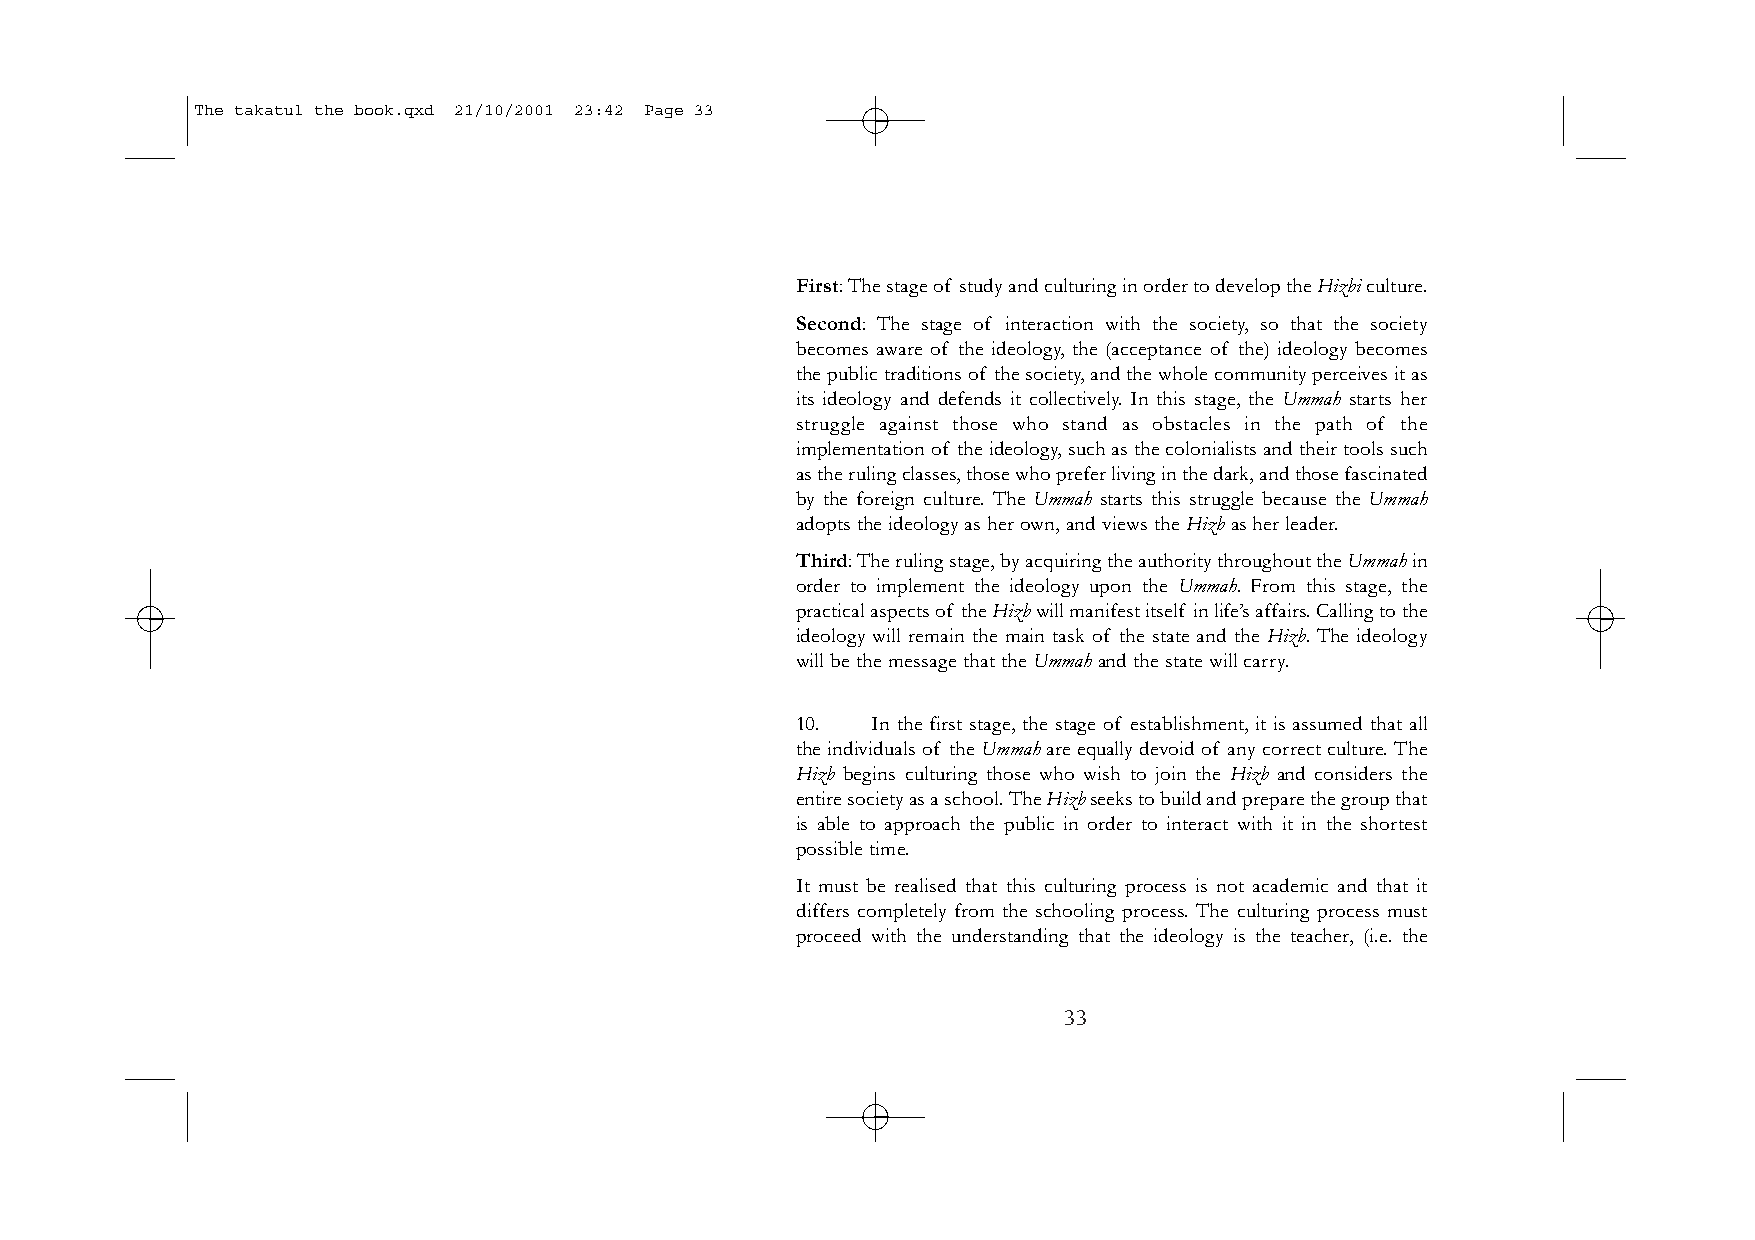
The takatul the book.qxd 21/10/2001 23:42 Page 33
 First:The stage of study and culturing in order to develop the Hizbiculture.
 Second: The stage of interaction with the society, so that the society
 becomes aware of the ideology, the (acceptance of the) ideology becomes
 the public traditions of the society,and the whole community perceives it as
 its ideology and defends it collectively. In this stage, the Ummah starts her
 struggle against those who stand as obstacles in the path of the
 implementation of the ideology,such as the colonialists and their tools such
 as the ruling classes,those who prefer living in the dark,and those fascinated
 by the foreign culture. The Ummah starts this struggle because the Ummah
 adopts the ideology as her own,and views the Hizbas her leader.
 Third:The ruling stage,by acquiring the authority throughout the Ummahin
 order to implement the ideology upon the Ummah. From this stage, the
 practical aspects of the Hizbwill manifest itself in life’s affairs.Calling to the
 ideology will remain the main task of the state and the Hizb. The ideology
 will be the message that the Ummahand the state will carry.
 10.  In the first stage, the stage of establishment, it is assumed that all
 the individuals of the Ummahare equally devoid of any correct culture.The
 Hizb begins culturing those who wish to join the Hizb and considers the
 entire society as a school.The Hizbseeks to build and prepare the group that
 is able to approach the public in order to interact with it in the shortest
 possible time.
 It must be realised that this culturing process is not academic and that it
 differs completely from the schooling process. The culturing process must
 proceed with the understanding that the ideology is the teacher, (i.e. the
 33